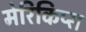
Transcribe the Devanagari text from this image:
मेरिकिप्स